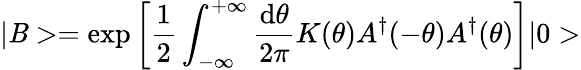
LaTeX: |\mathit{B}>=\exp\left[\frac{{1}}{{2}}\int_{-\infty}^{+\infty}\frac{{\mathrm{{d}}\theta}}{{2\pi}}K(\theta)A^{\dagger}(-\theta)A^{\dagger}(\theta)\right]|0>